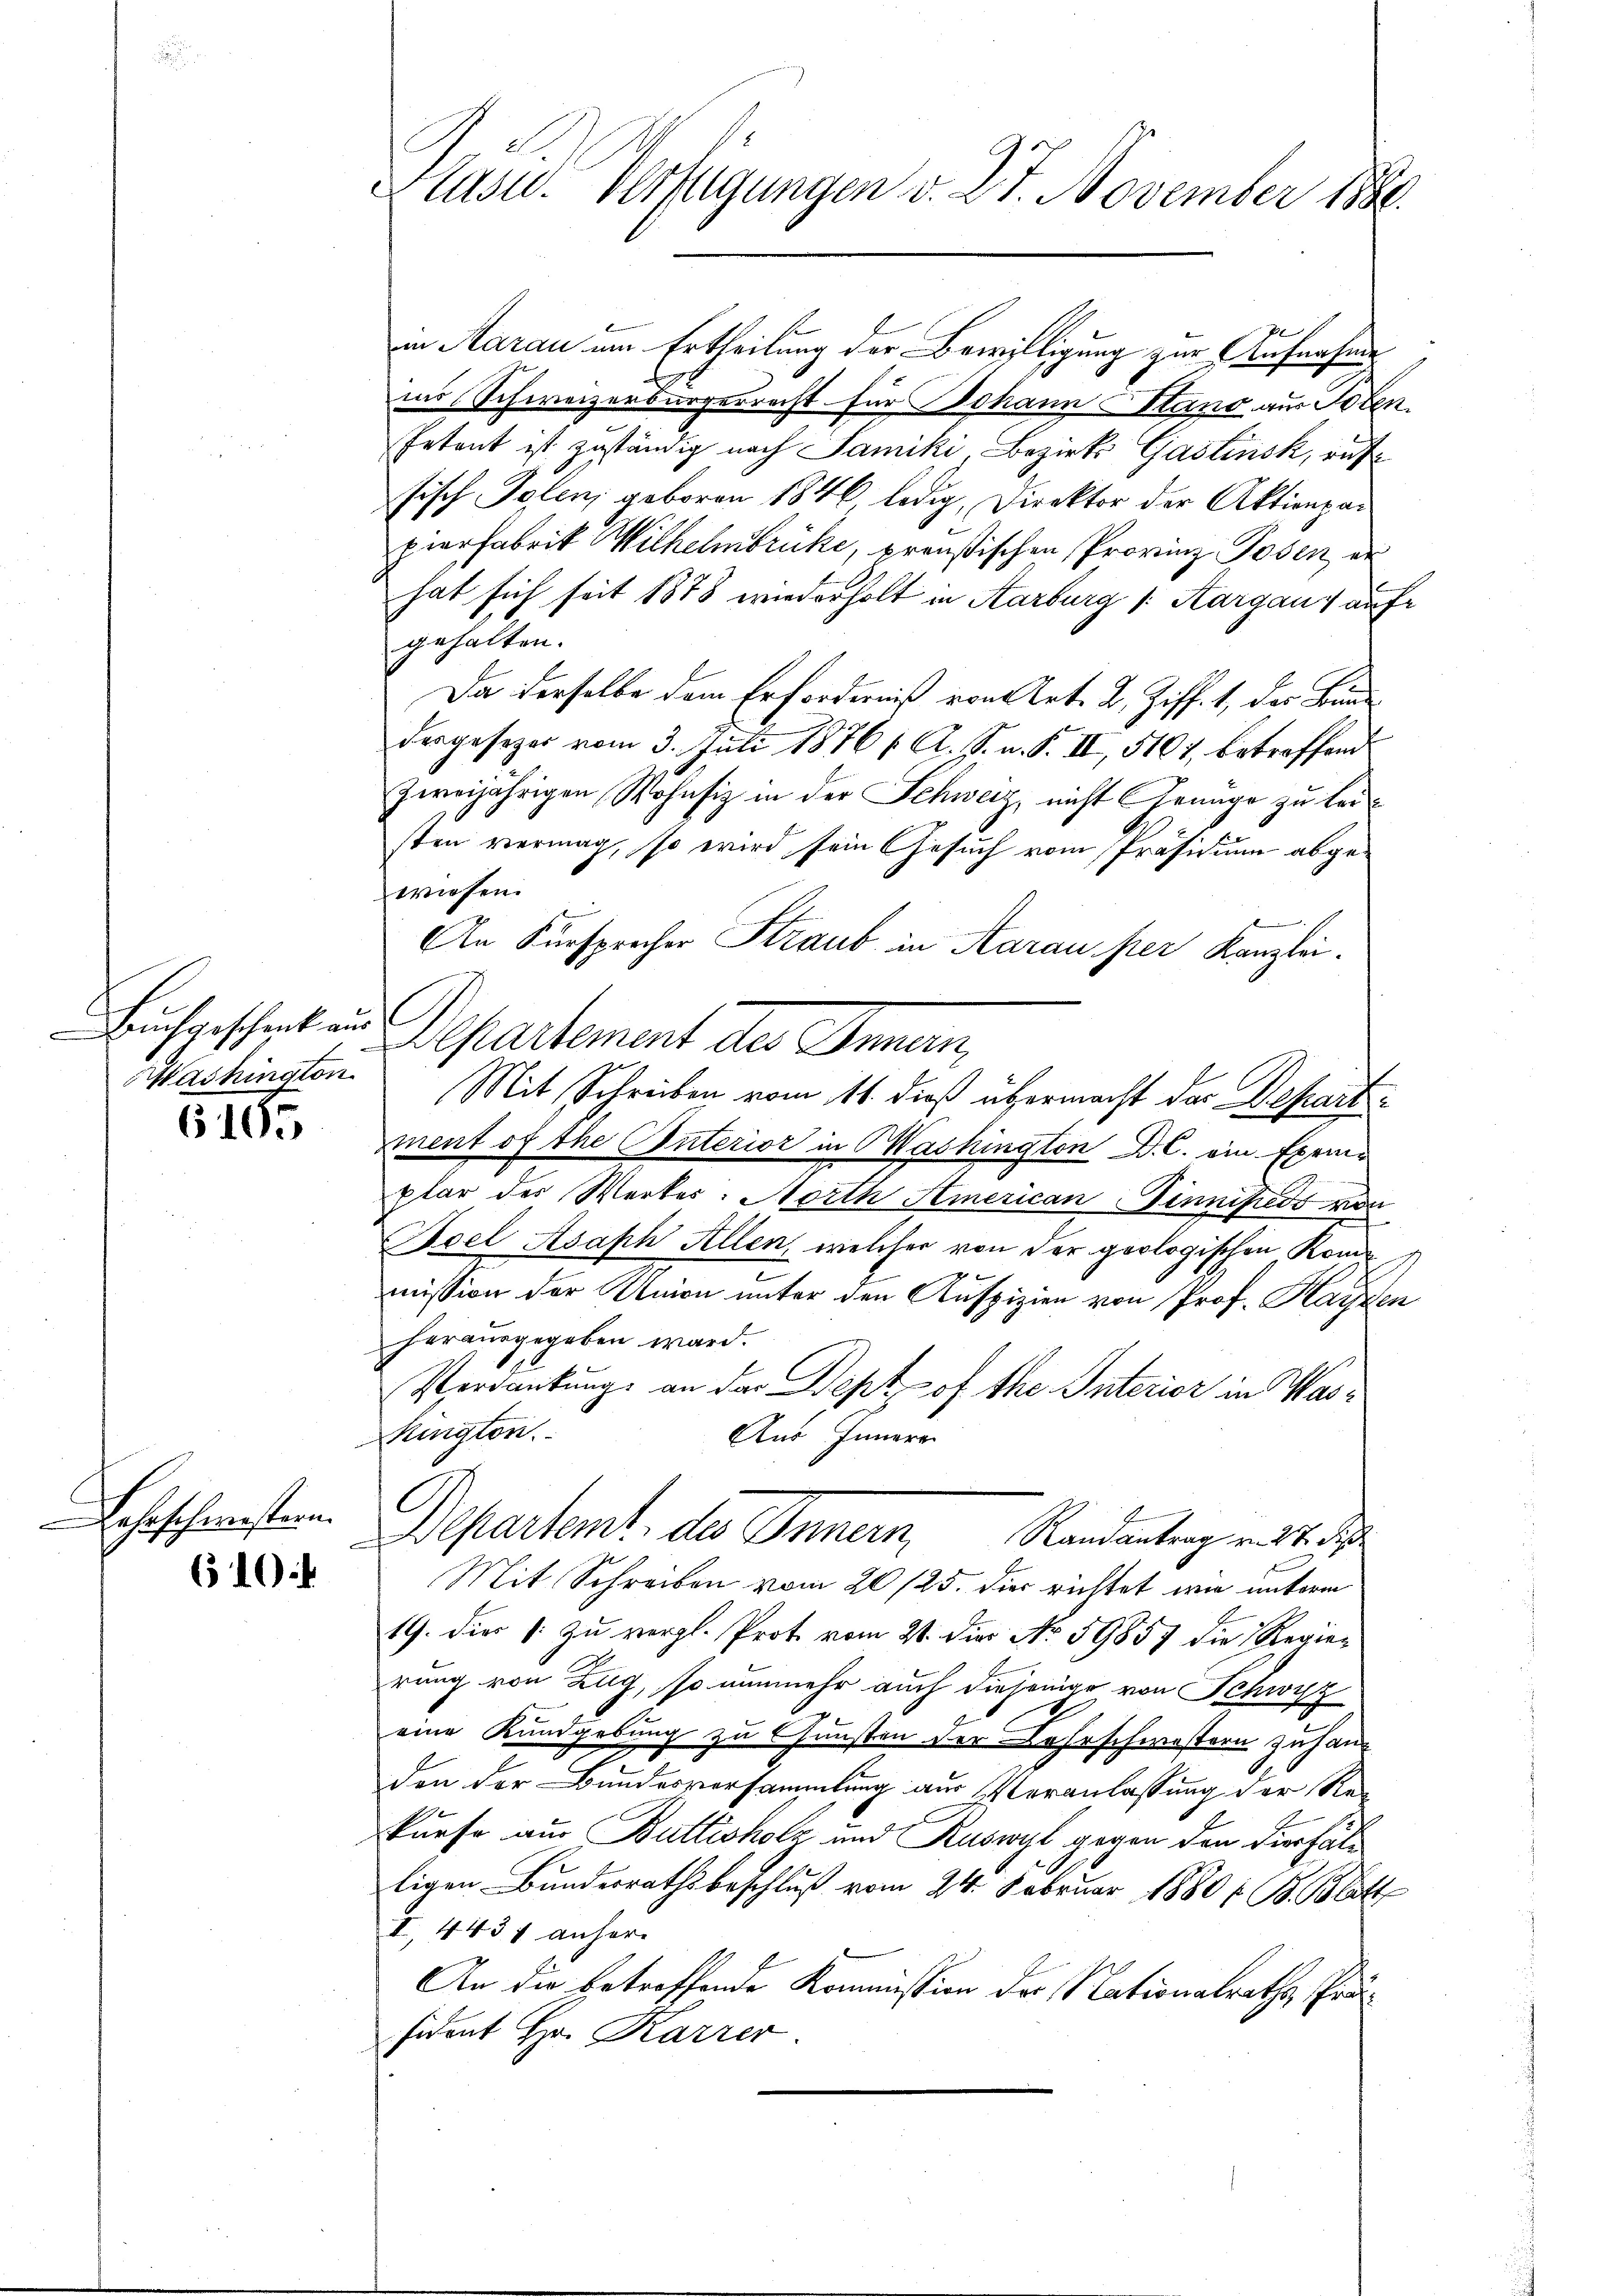
Buchgeschenk aus
Washington

6165

Lahrscheinstern

610

Plusw. Verfügungen v. 27. November 1888.

in Aarau um Ertheilung der Bewilligung zur Aufnahme
ins Schweizerbürgerrecht für Johann Stand aus Solen.
Petont ist zuständig nach Samiki, Bezirks Gastinsk, ruffisch Polen, geboren 1846 ledig, Direktor der Aktionpar
pierfabrik Wilhelmbrücke, preußischen Provinz Josen en
hat sich seit 1878 wiederholt in Aarburg s. Aargaus auf
gehalten.
Da derselbe dem Erforderniß von Art. B. Ziff. 1, des Bunde
dergesezer vom 3. Juli 1876/ A. S. u. S. II, 5101, betreffend
zweijährigen Wohnsiz in der Schweiz, nicht Genüge zu leisten vermag, so wird sein Gesuch vom Präsidium abgewiesen.
An Fürsprecher Straub in Aarau per Kanzlei.
Departement des Innern,
Mit Schreiben vom 11. dieß übermacht das Depart
ment of the Enterior in Mashington D. C. ein Exemplar der Werker-Horth American innipeds von
Aoel Asaph Allen, welcher von der geologischen Kom¬
u
mission der Union unter den Auspizien von Prof. Hagen
herausgegeben ward.
Verdankung an das Sept of the. Interior in Was¬
Rington.
Aus Innern
C
Departemt, des Innern Randantrag mit de
Mit Schreiben vom 20/25. die richtet wie unterm
19. dies s. zu vergl. Prot vom 21. die No. 59857 die Regier
rung von Zug, so nunmehr auch diejenige von Schwyd
eine Kundgebung zu Gunsten der Lehrschwestern zu hand
den der Bundesversammlung aus Veranlassung der Rekurse aus Buttisholz und Ruswyl, gegen den duerfälligen Bundesrathsbeschluß vom 24. Februar 1880 / B. Blatt
I, 4437 anher
An die betreffende Kommission der Nationalraths Präsident Hr. Karrer